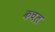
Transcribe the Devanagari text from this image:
कचल